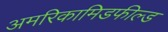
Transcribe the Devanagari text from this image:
अमरिकामिडफील्‍ड